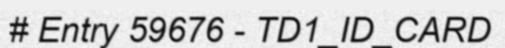
# Entry 59676 - TD1_ID_CARD